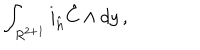
LaTeX: \int _ { R ^ { 2 + 1 } } i _ { \hat { h } } { \hat { C } } \wedge d y \, ,